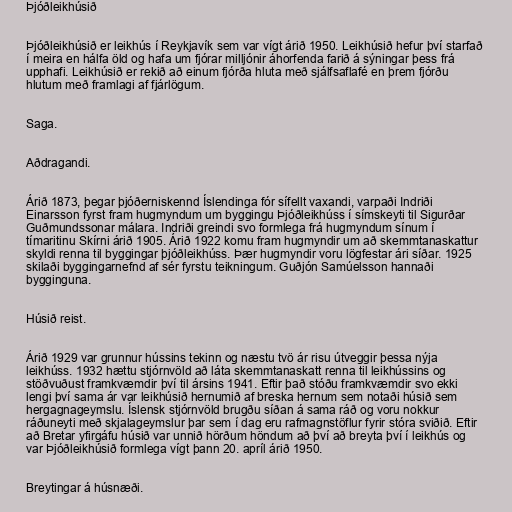
Þjóðleikhúsið

Þjóðleikhúsið er leikhús í Reykjavík sem var vígt árið 1950. Leikhúsið hefur því starfað
í meira en hálfa öld og hafa um fjórar milljónir áhorfenda farið á sýningar þess frá
upphafi. Leikhúsið er rekið að einum fjórða hluta með sjálfsaflafé en þrem fjórðu
hlutum með framlagi af fjárlögum.

Saga.

Aðdragandi.

Árið 1873, þegar þjóðerniskennd Íslendinga fór sífellt vaxandi, varpaði Indriði
Einarsson fyrst fram hugmyndum um byggingu Þjóðleikhúss í símskeyti til Sigurðar
Guðmundssonar málara. Indriði greindi svo formlega frá hugmyndum sínum í
tímaritinu Skírni árið 1905. Árið 1922 komu fram hugmyndir um að skemmtanaskattur
skyldi renna til byggingar þjóðleikhúss. Þær hugmyndir voru lögfestar ári síðar. 1925
skilaði byggingarnefnd af sér fyrstu teikningum. Guðjón Samúelsson hannaði
bygginguna.

Húsið reist.

Árið 1929 var grunnur hússins tekinn og næstu tvö ár risu útveggir þessa nýja
leikhúss. 1932 hættu stjórnvöld að láta skemmtanaskatt renna til leikhússins og
stöðvuðust framkvæmdir því til ársins 1941. Eftir það stóðu framkvæmdir svo ekki
lengi því sama ár var leikhúsið hernumið af breska hernum sem notaði húsið sem
hergagnageymslu. Íslensk stjórnvöld brugðu síðan á sama ráð og voru nokkur
ráðuneyti með skjalageymslur þar sem í dag eru rafmagnstöflur fyrir stóra sviðið. Eftir
að Bretar yfirgáfu húsið var unnið hörðum höndum að því að breyta því í leikhús og
var Þjóðleikhúsið formlega vígt þann 20. apríl árið 1950.

Breytingar á húsnæði.